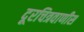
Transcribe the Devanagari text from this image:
दूरचित्रवाणीस